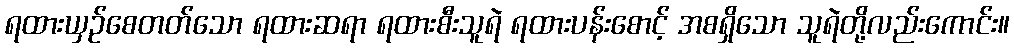
ရထားယှဉ်စေတတ်သော ရထားဆရာ ရထားစီးသူရဲ ရထားပန်းစောင့် အစရှိသော သူရဲတို့လည်းကောင်း။